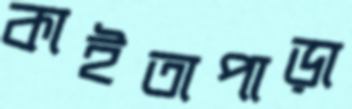
কাইতাপাড়া